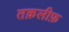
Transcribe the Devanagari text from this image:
तक़लीफ़